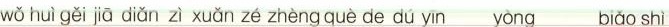
wǒ huì gěi jiā diǎn zì xuǎn zé zhèng què de dú yīn yòngbiǎo shì